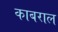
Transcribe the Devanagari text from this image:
काबराल